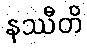
နဿီတိ